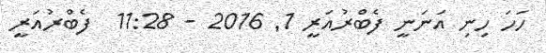
ހަހަ ހިނި އަނަނީ ފެބްރުއަރީ 1